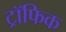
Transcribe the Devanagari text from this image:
ट्रॉफिक